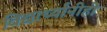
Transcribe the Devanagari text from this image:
विद्यार्थ्यांनीही